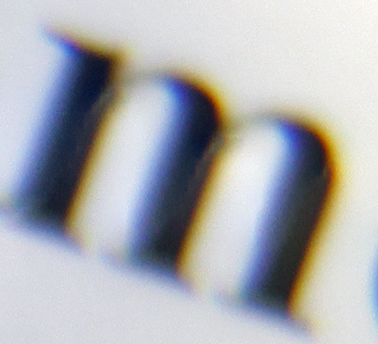
m